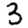
Digit: 3